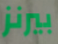
بيرنز